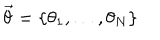
LaTeX: \vec { \theta } = \{ \theta _ { 1 } , \ldots , \theta _ { N } \}